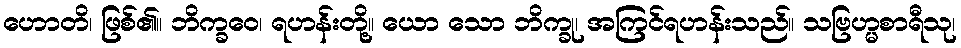
ဟောတိ၊ ဖြစ်၏။ ဘိက္ခဝေ၊ ရဟန်းတို့။ ယော သော ဘိက္ခု၊ အကြင်ရဟန်းသည်။ သဗြဟ္မစာရီသု၊